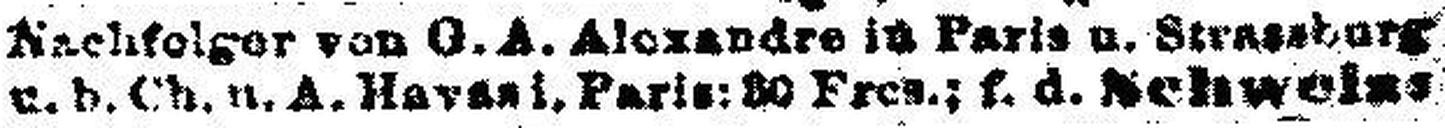
u. b. Ch. u. A. Havas i. Paris: 30 Fres.; f. d. Schweiz###